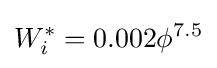
W_{i}^{*}=0.002\phi ^{7.5}